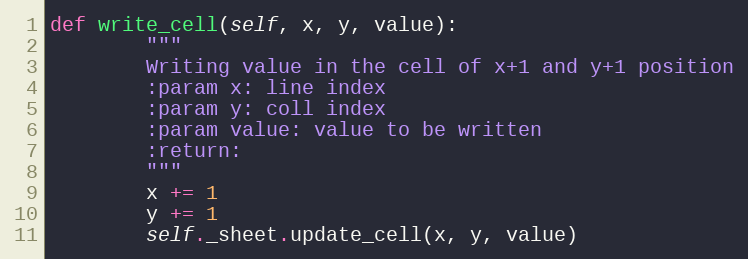
Language: Python
def write_cell(self, x, y, value):
        """
        Writing value in the cell of x+1 and y+1 position
        :param x: line index
        :param y: coll index
        :param value: value to be written
        :return:
        """
        x += 1
        y += 1
        self._sheet.update_cell(x, y, value)